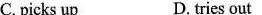
C. picks up D. tries out